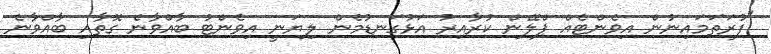
"ފުރަތަމައިނުން އިވެންޓެއް ޕްލޭން ކުރާއިރު އަޅުގަނޑުމެން ލިޔަނީ އިވެންޓު ބާއްވާނެ ގޮތާއި ބާއްވާނެ